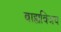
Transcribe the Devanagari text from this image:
बाह्यविजय